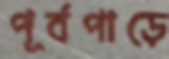
পূর্বপাড়ে